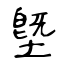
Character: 墍